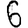
Digit: 6